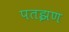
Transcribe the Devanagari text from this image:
पतझण